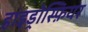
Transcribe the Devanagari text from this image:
हाइड्रोस्फ़ियर